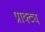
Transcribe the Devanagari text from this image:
प्राक्ट्य